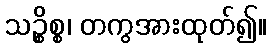
သဉ္စိစ္စ၊ တကွအားထုတ်၍။